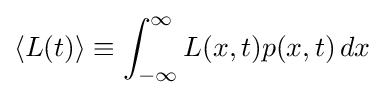
\langle L(t)\rangle \equiv \int _{-\infty }^{\infty }L(x,t)p(x,t)\,dx